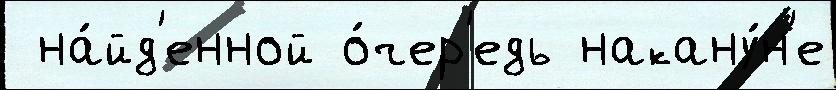
 на́йд'енной о́чер'едь накану́н'е